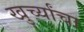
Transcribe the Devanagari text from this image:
खुर्च्यांचा